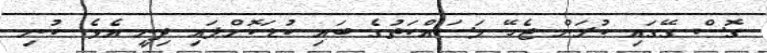
ގޮސް ގޭގައި ކުރަން ޖެހޭ މަސައްކަތުގެ ބައި ކުޑަކޮށްލައި ދިނީ އެވެ. ކުނި